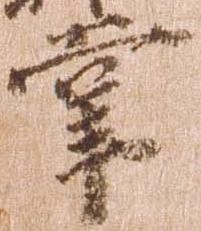
掌